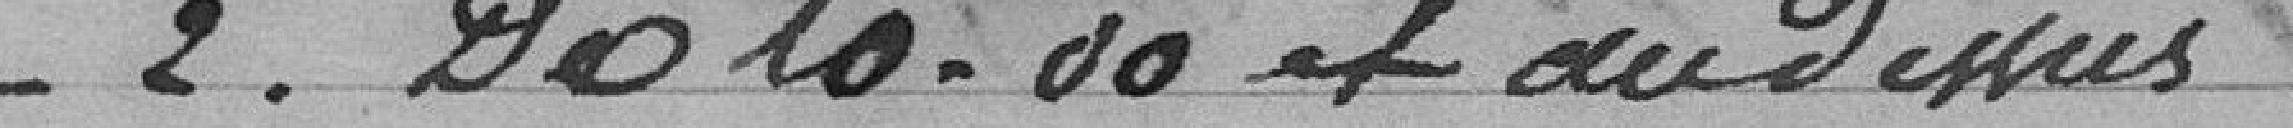
_2.     De 10.00 + au dessus